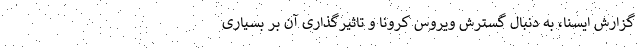
گزارش ایسنا، به دنبال گسترش ویروس کرونا و تاثیرگذاری آن بر بسیاری